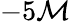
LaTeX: -5\mathcal{M}